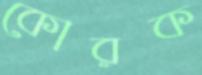
কোরক